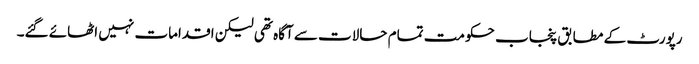
رپورٹ کے مطابق پنجاب حکومت تمام حالات سے آگاہ تھی لیکن اقدامات نہیں اٹھائے گئے۔